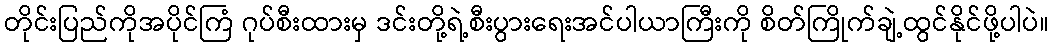
တိုင်းပြည်ကိုအပိုင်ကြံ ဂုပ်စီးထားမှ ဒင်းတို့ရဲ့စီးပွားရေးအင်ပါယာကြီးကို စိတ်ကြိုက်ချဲ့ထွင်နိုင်ဖို့ပါပဲ။